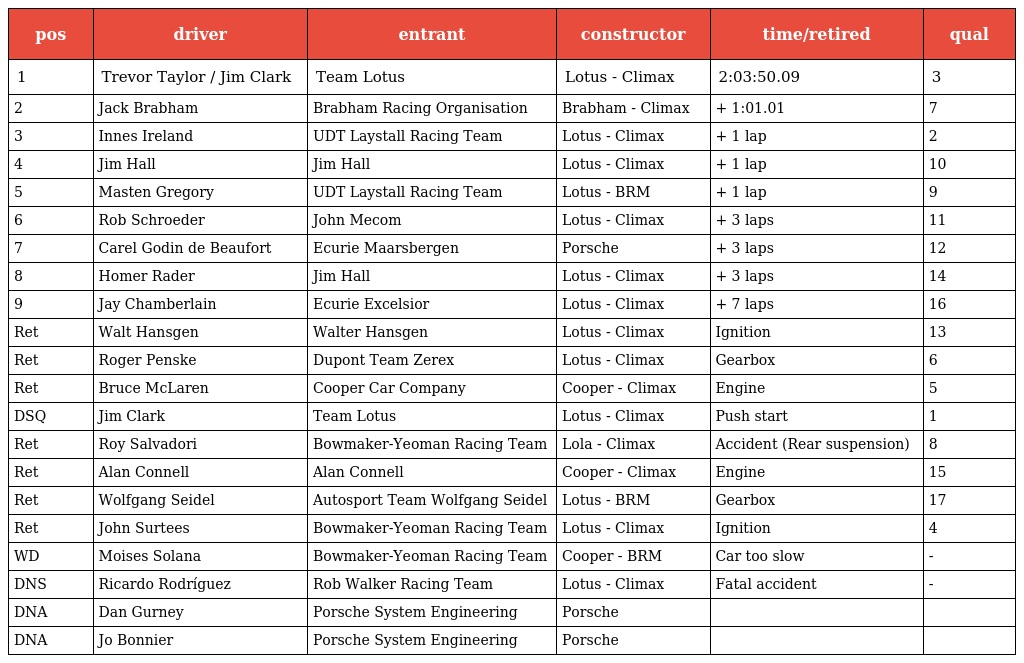
| pos | driver | entrant | constructor | time/retired | qual |
 | --- | --- | --- | --- | --- | --- |
 | 1 | Trevor Taylor / Jim Clark | Team Lotus | Lotus - Climax | 2:03:50.09 | 3 |
 | 2 | Jack Brabham | Brabham Racing Organisation | Brabham - Climax | + 1:01.01 | 7 |
 | 3 | Innes Ireland | UDT Laystall Racing Team | Lotus - Climax | + 1 lap | 2 |
 | 4 | Jim Hall | Jim Hall | Lotus - Climax | + 1 lap | 10 |
 | 5 | Masten Gregory | UDT Laystall Racing Team | Lotus - BRM | + 1 lap | 9 |
 | 6 | Rob Schroeder | John Mecom | Lotus - Climax | + 3 laps | 11 |
 | 7 | Carel Godin de Beaufort | Ecurie Maarsbergen | Porsche | + 3 laps | 12 |
 | 8 | Homer Rader | Jim Hall | Lotus - Climax | + 3 laps | 14 |
 | 9 | Jay Chamberlain | Ecurie Excelsior | Lotus - Climax | + 7 laps | 16 |
 | Ret | Walt Hansgen | Walter Hansgen | Lotus - Climax | Ignition | 13 |
 | Ret | Roger Penske | Dupont Team Zerex | Lotus - Climax | Gearbox | 6 |
 | Ret | Bruce McLaren | Cooper Car Company | Cooper - Climax | Engine | 5 |
 | DSQ | Jim Clark | Team Lotus | Lotus - Climax | Push start | 1 |
 | Ret | Roy Salvadori | Bowmaker-Yeoman Racing Team | Lola - Climax | Accident (Rear suspension) | 8 |
 | Ret | Alan Connell | Alan Connell | Cooper - Climax | Engine | 15 |
 | Ret | Wolfgang Seidel | Autosport Team Wolfgang Seidel | Lotus - BRM | Gearbox | 17 |
 | Ret | John Surtees | Bowmaker-Yeoman Racing Team | Lotus - Climax | Ignition | 4 |
 | WD | Moises Solana | Bowmaker-Yeoman Racing Team | Cooper - BRM | Car too slow | - |
 | DNS | Ricardo Rodríguez | Rob Walker Racing Team | Lotus - Climax | Fatal accident | - |
 | DNA | Dan Gurney | Porsche System Engineering | Porsche |  |  |
 | DNA | Jo Bonnier | Porsche System Engineering | Porsche |  |  |